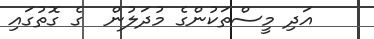
އަދި މީސްތަކުންގެ މުދަލުން  ގެ ގޮތުގައި